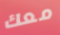
معك